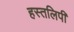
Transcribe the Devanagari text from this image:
हस्तलिपी